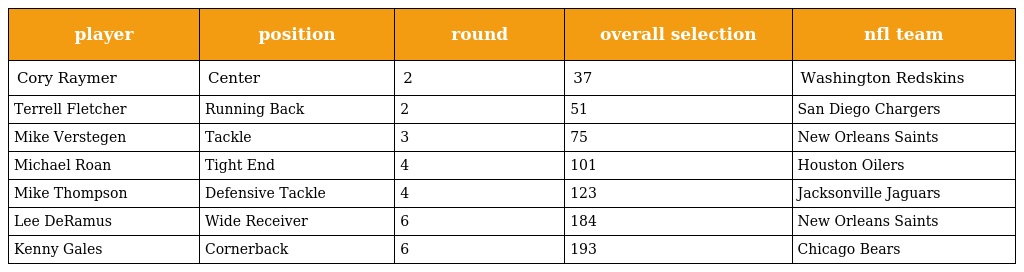
| player | position | round | overall selection | nfl team |
 | --- | --- | --- | --- | --- |
 | Cory Raymer | Center | 2 | 37 | Washington Redskins |
 | Terrell Fletcher | Running Back | 2 | 51 | San Diego Chargers |
 | Mike Verstegen | Tackle | 3 | 75 | New Orleans Saints |
 | Michael Roan | Tight End | 4 | 101 | Houston Oilers |
 | Mike Thompson | Defensive Tackle | 4 | 123 | Jacksonville Jaguars |
 | Lee DeRamus | Wide Receiver | 6 | 184 | New Orleans Saints |
 | Kenny Gales | Cornerback | 6 | 193 | Chicago Bears |